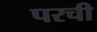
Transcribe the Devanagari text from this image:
परची